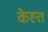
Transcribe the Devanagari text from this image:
केह्त